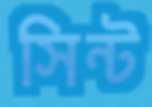
সিন্ট